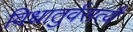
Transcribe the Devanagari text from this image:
विधातुर्वसत्यै